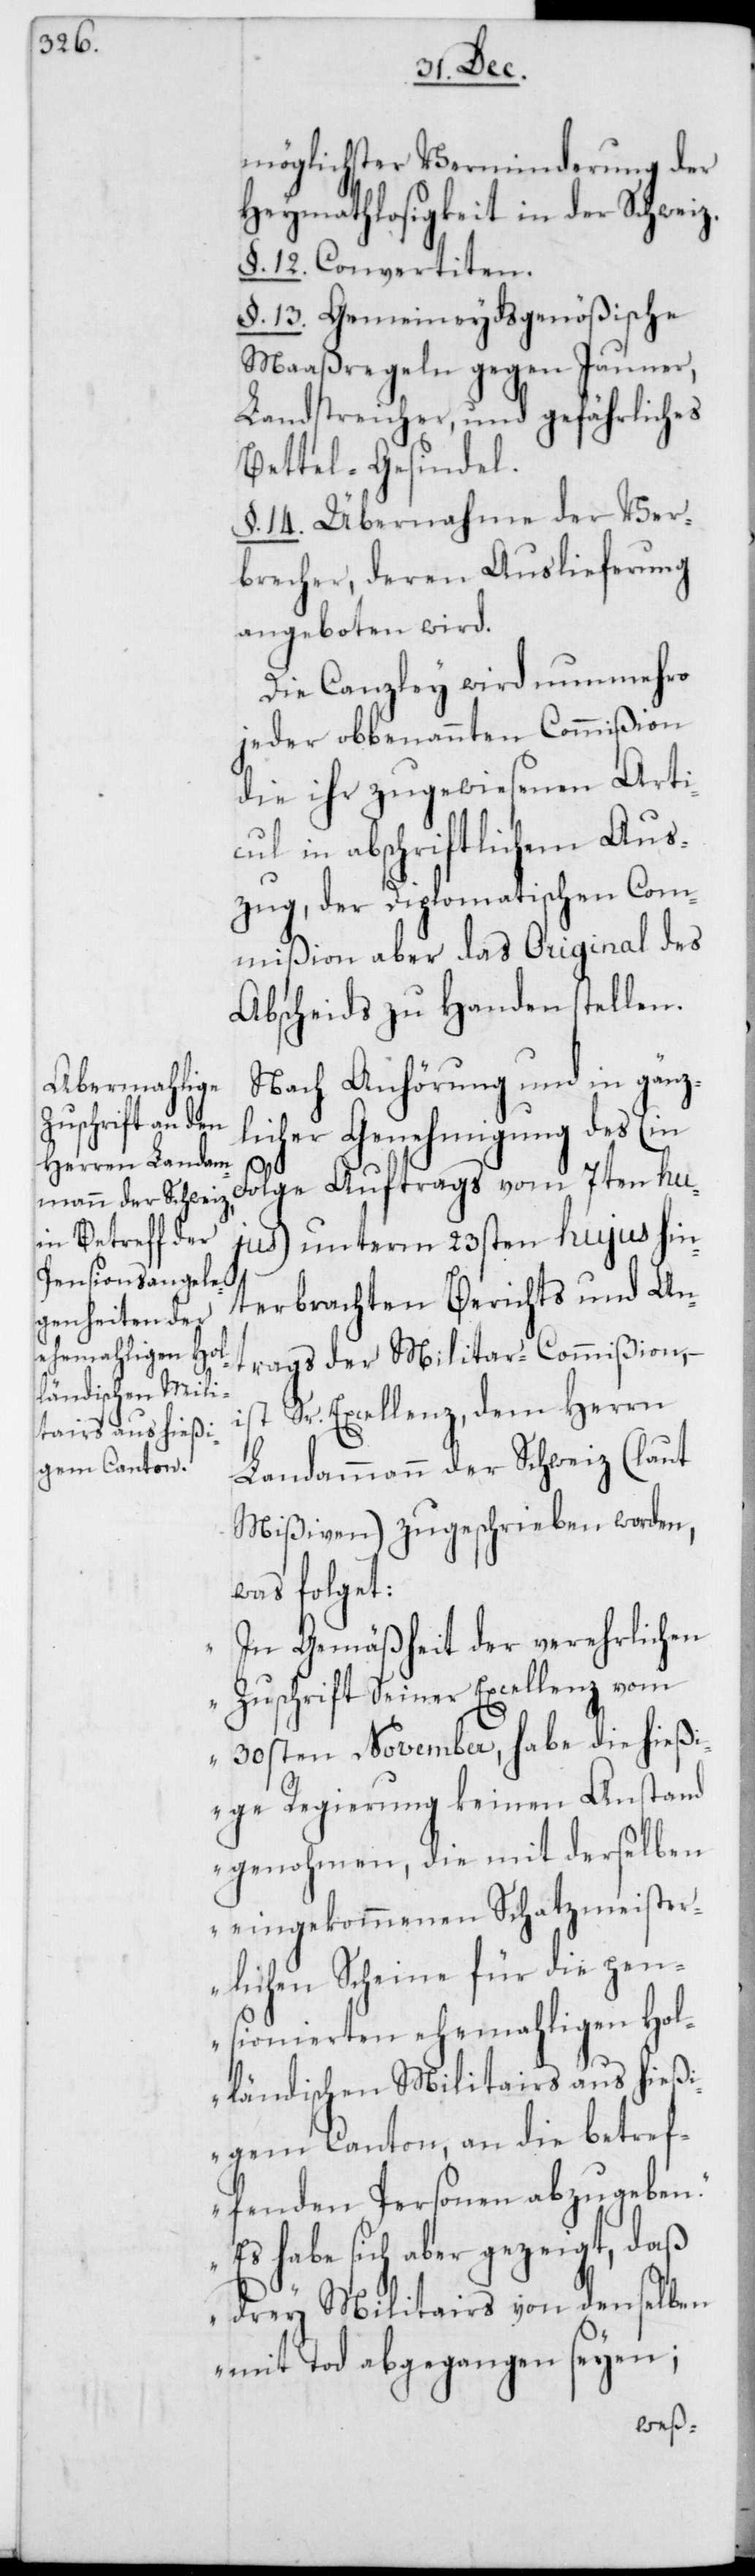
möglichster Verminderung der
Heymathlosigkeit in der Schweiz.
§. 12. Convertiten.
§. 13. Gemeineydsgenößische
Maaßregeln gegen Jauner,
Landstreicher, und gefährliches
Bettel-Gesindel.
§. 14. Übernahme der Ver¬
brecher, deren Auslieferung
angeboten wird.
Die Canzley wird nunmehro
jeder obbenannten Commißion
die ihr zugewiesenen Arti¬
cul in abschriftlichem Aus¬
zug, der Diplomatischen Com¬
mißion aber das Original des
Abscheids zu Handen stellen.
Nach Anhörung und in gänz¬
licher Genehmigung des (in
jus) unterm 23sten hujus hin¬
terbrachten Berichts und An¬
vom 7ten hu¬
trags der Militar-Commißion, –
ist Sr. Excellenz, dem Herrn
Landammann der Schweiz (laut
Mißiven) zugeschrieben worden,
was folget:
„In Gemäßheit der verehrlichen
Zuschrift Seiner Excellenz vom
30sten November, habe die hießi¬
ge Regierung keinen Anstand
genohmen, die mit derselben
eingekommenen Schatzmeister¬
lichen Scheine für die pen¬
sionierten ehemaligen Hol¬
ländischen Militairs aus hießi¬
gem Canton, an die betref¬
fenden Personen abzugeben.
Es habe sich aber gezeigt, daß
drey Militairs von denselben
mit Tod abgegangen seyen;